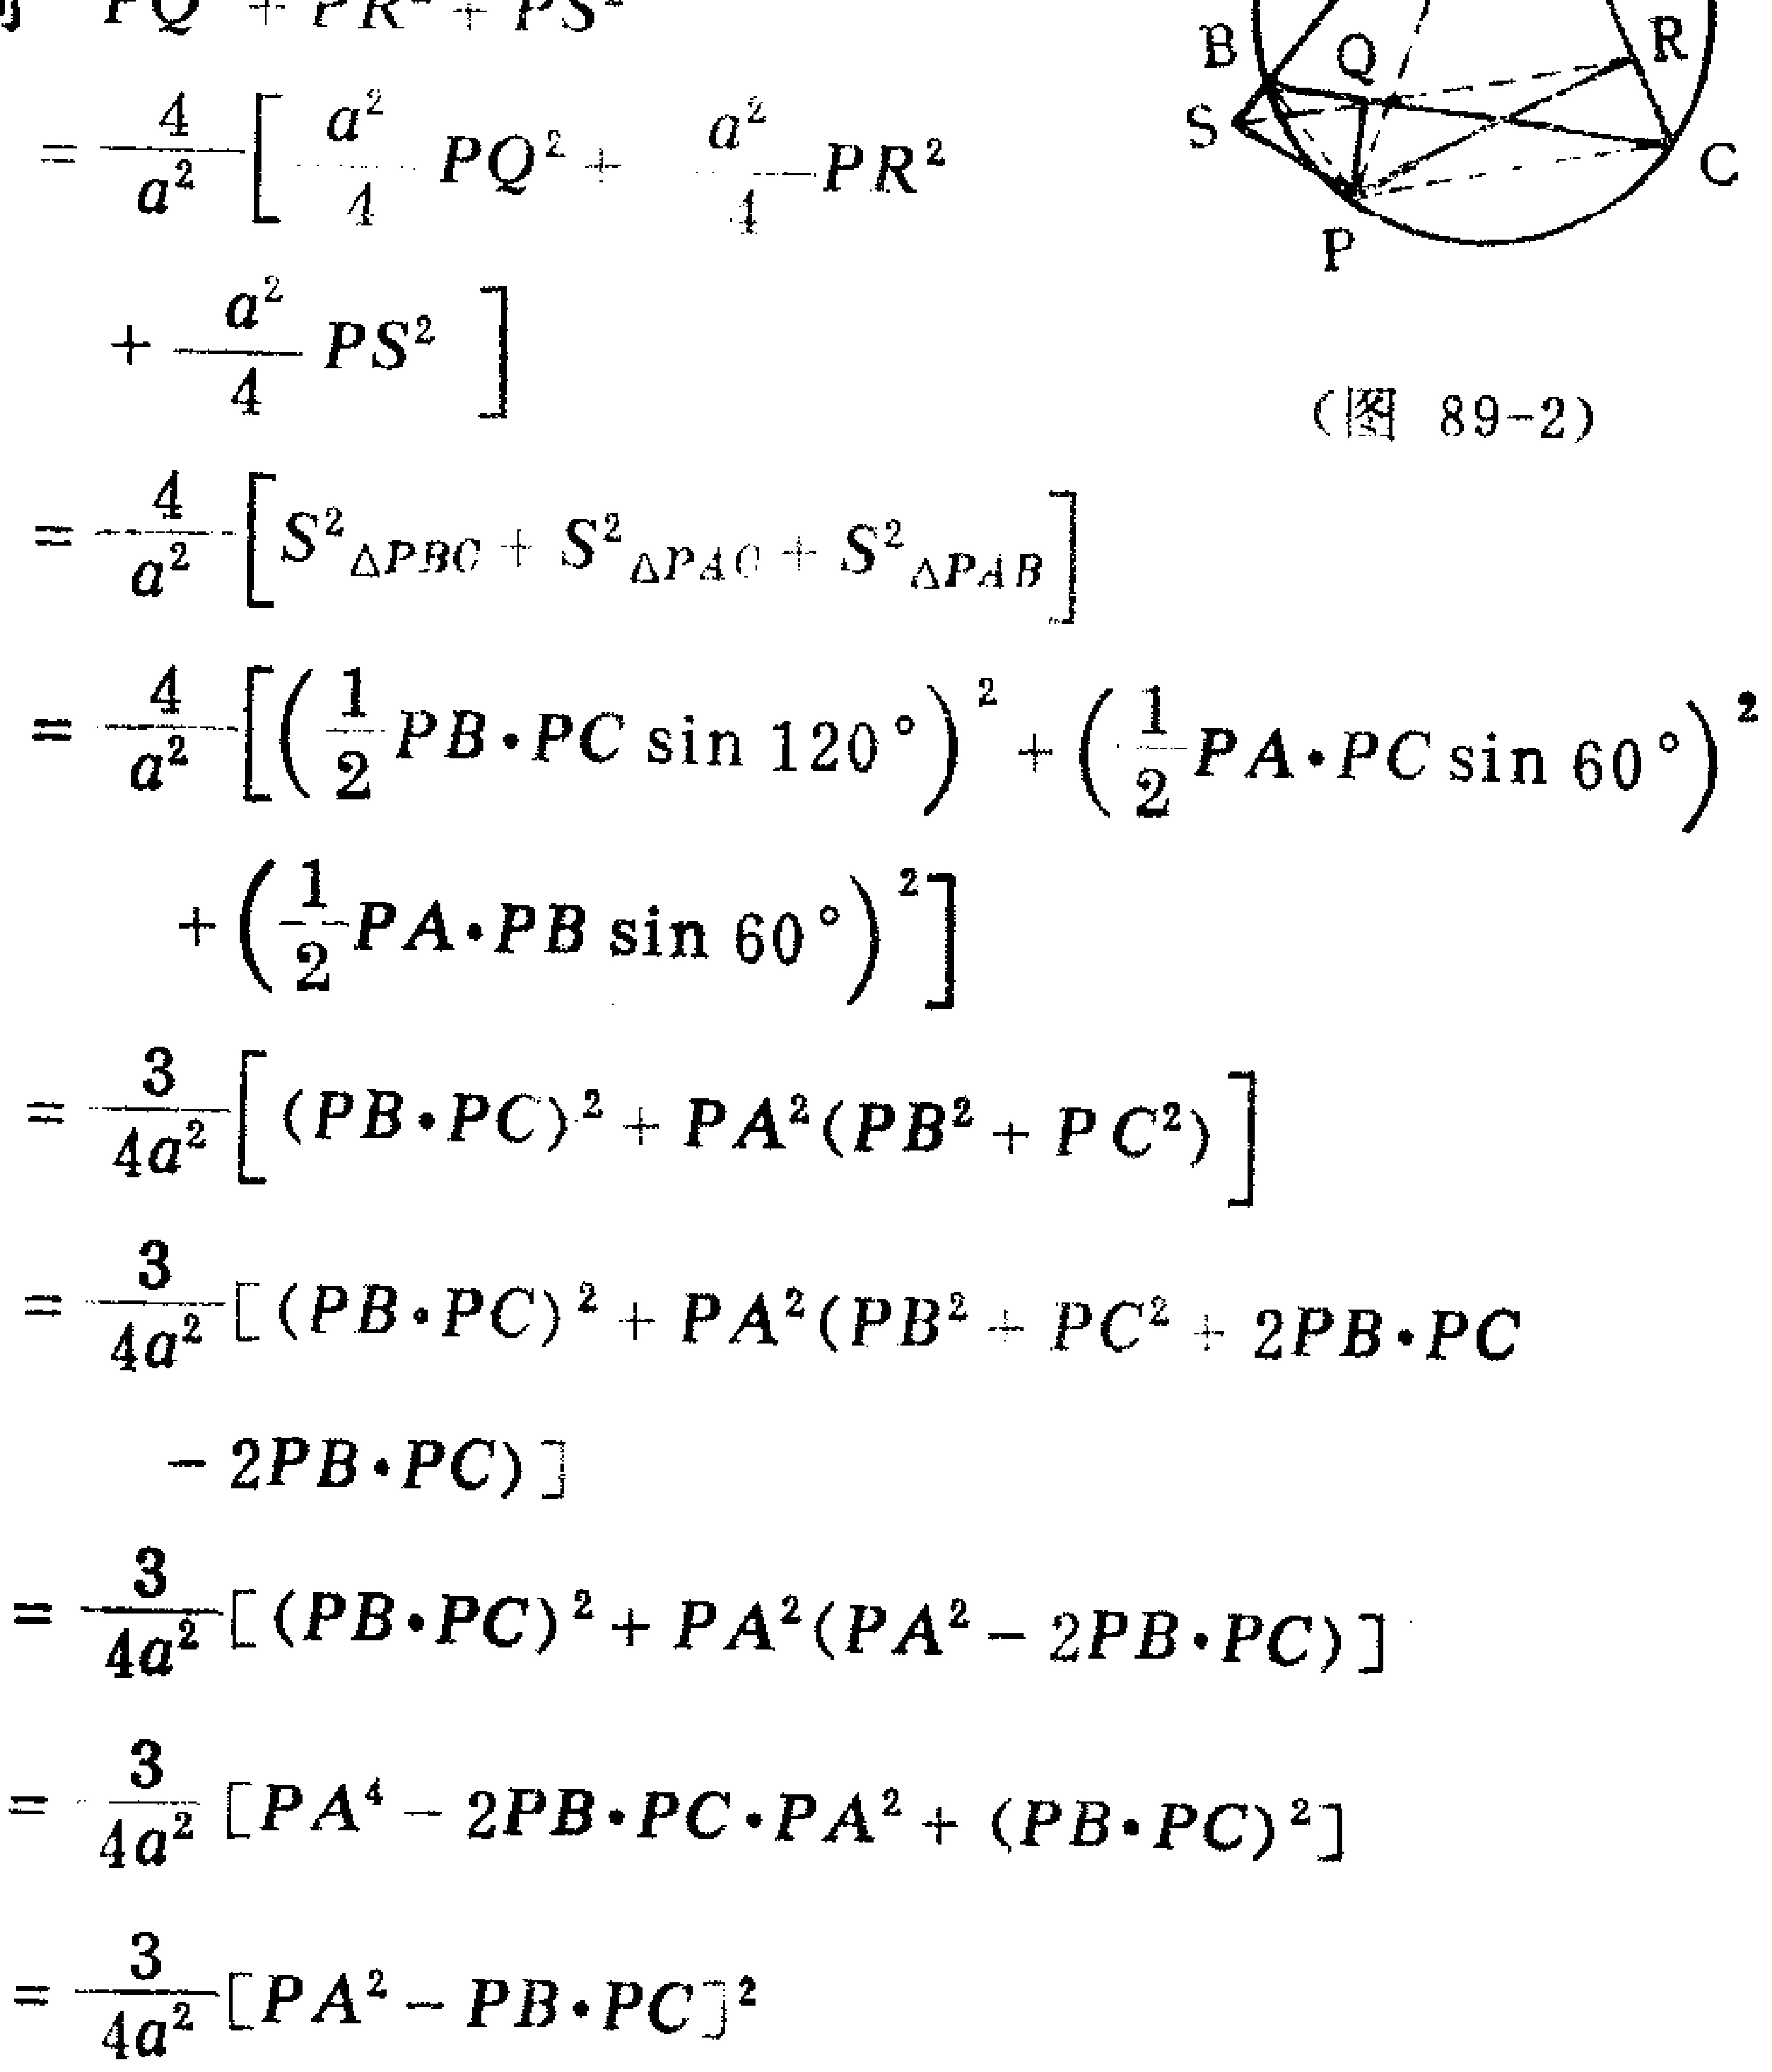
\[
\begin{align*}
&PQ + PR + PS\\
=&\frac{4}{a^{2}}\left[\frac{a^{2}}{4}PQ^{2}+\frac{a^{2}}{4}PR^{2}+\frac{a^{2}}{4}PS^{2}\right]\\
=&\frac{4}{a^{2}}\left[S_{\triangle PBC}^{2}+S_{\triangle PAC}^{2}+S_{\triangle PAB}^{2}\right]\\
=&\frac{4}{a^{2}}\left[\left(\frac{1}{2}PB\cdot PC\sin120^{\circ}\right)^{2}+\left(\frac{1}{2}PA\cdot PC\sin60^{\circ}\right)^{2}+\left(\frac{1}{2}PA\cdot PB\sin60^{\circ}\right)^{2}\right]\\
=&\frac{3}{4a^{2}}\left[(PB\cdot PC)^{2}+PA^{2}(PB^{2}+PC^{2})\right]\\
=&\frac{3}{4a^{2}}\left[(PB\cdot PC)^{2}+PA^{2}(PB^{2}+PC^{2}+2PB\cdot PC - 2PB\cdot PC)\right]\\
=&\frac{3}{4a^{2}}\left[(PB\cdot PC)^{2}+PA^{2}(PA^{2}-2PB\cdot PC)\right]\\
=&\frac{3}{4a^{2}}\left[PA^{4}-2PB\cdot PC\cdot PA^{2}+(PB\cdot PC)^{2}\right]\\
=&\frac{3}{4a^{2}}\left[PA^{2}-PB\cdot PC\right]^{2}
\end{align*}
\]